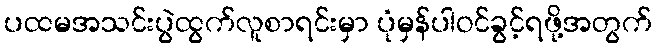
ပထမအသင်းပွဲထွက်လူစာရင်းမှာ ပုံမှန်ပါဝင်ခွင့်ရဖို့အတွက်